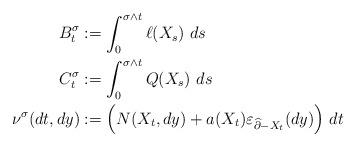
LaTeX: \begin{align*} B_t^\sigma&:=\int_0^{\sigma \wedge t} \ell(X_s) \ ds \\C_t^\sigma&:=\int_0^{\sigma \wedge t} Q(X_s) \ ds \\\nu^\sigma(dt,dy) &:=\Big(N(X_t, dy) + a(X_t) \varepsilon_{\widehat{\partial}-X_t}(dy) \Big) \ dt\end{align*}